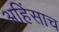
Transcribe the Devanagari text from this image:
अहिंसाच